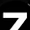
Digit: 7